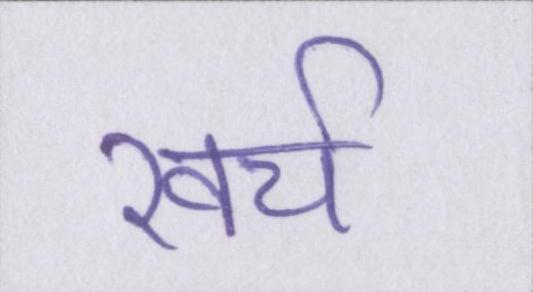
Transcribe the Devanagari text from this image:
खर्च